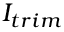
I _ { t r i m }